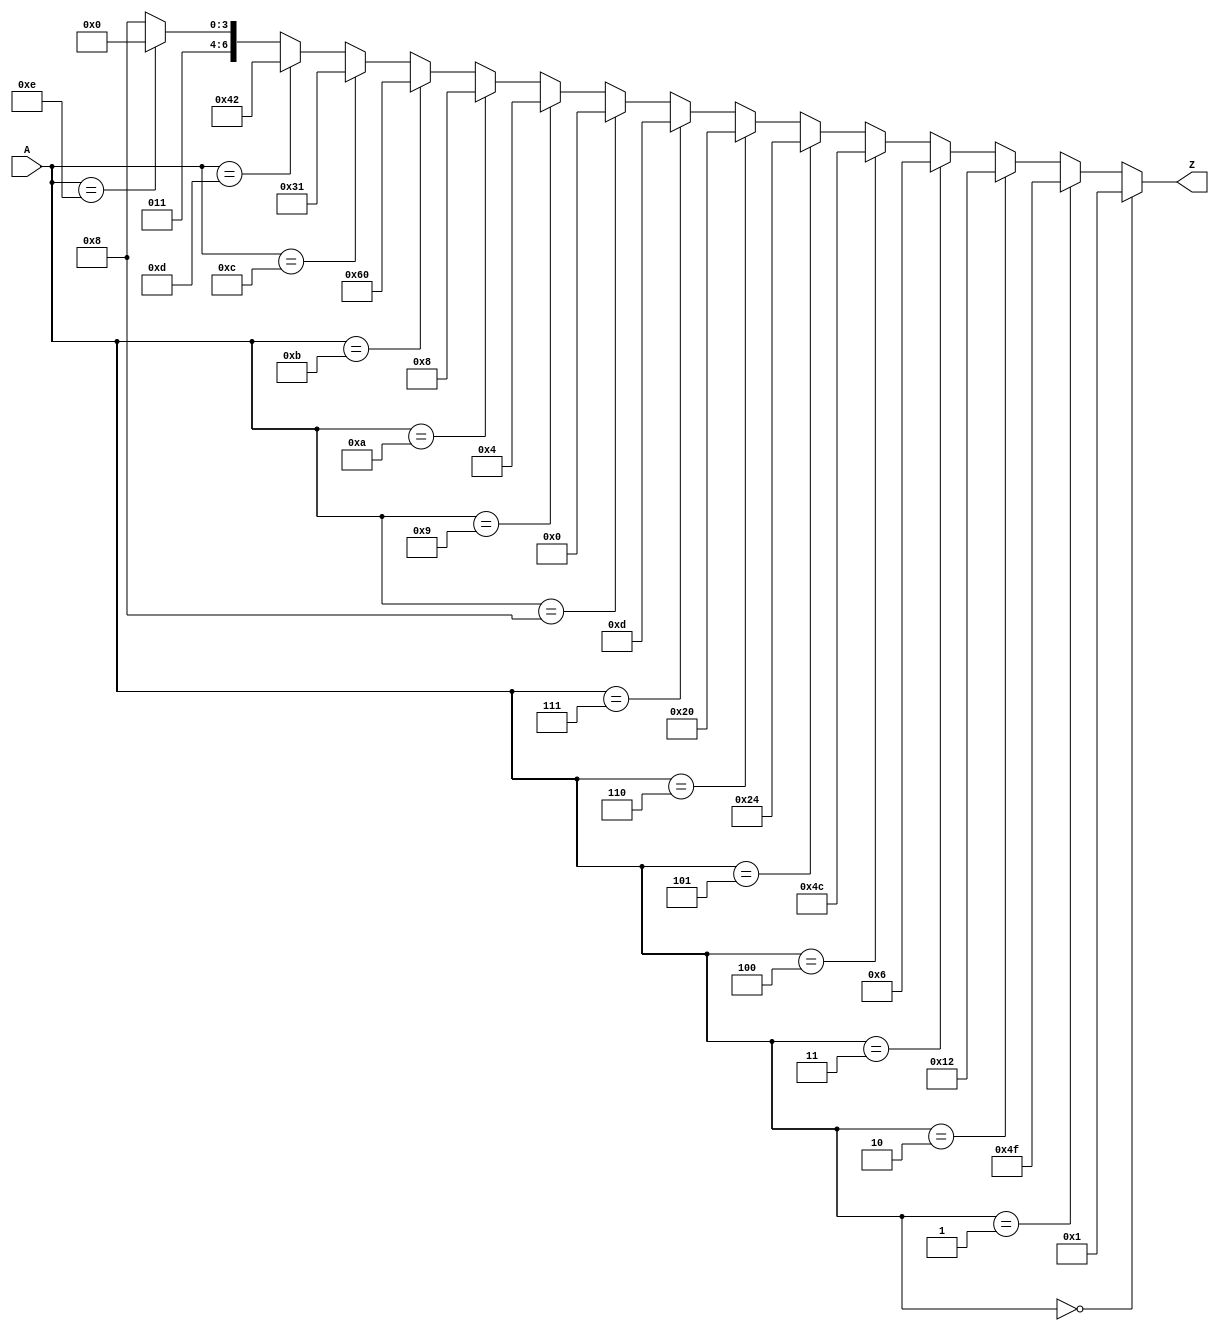
`timescale 1ns / 1ps
//////////////////////////////////////////////////////////////////////////////////
// Company: 
// Engineer: 
// 
// Design Name: 
// Module Name: Encoder
// Project Name: 
// Target Devices: 
// Tool Versions: 
// Description: 
// 
// Dependencies: 
// 
// Revision:
// Revision 0.01 - File Created
// Additional Comments:
// 
//////////////////////////////////////////////////////////////////////////////////


module Encoder(
    input wire [3:0] A,
    output wire [6:0] Z 
    );
    assign Z = (A == 4'b0000) ? 7'b0000001 :
            (A == 4'b0001) ? 7'b1001111 :
            (A == 4'b0010) ? 7'b0010010 :
            (A == 4'b0011) ? 7'b0000110 :
            (A == 4'b0100) ? 7'b1001100 :
            (A == 4'b0101) ? 7'b0100100 :
            (A == 4'b0110) ? 7'b0100000 :
            (A == 4'b0111) ? 7'b0001101 :
            (A == 4'b1000) ? 7'b0000000 :
            (A == 4'b1001) ? 7'b0000100 :
            (A == 4'b1010) ? 7'b0001000 :
            (A == 4'b1011) ? 7'b1100000 :
            (A == 4'b1100) ? 7'b0110001 :
            (A == 4'b1101) ? 7'b1000010 :
            (A == 4'b1110) ? 7'b0110000 :
            7'b0111000;
endmodule